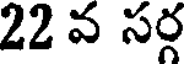
22 వ సర్గ